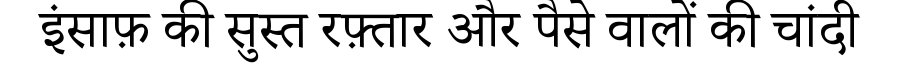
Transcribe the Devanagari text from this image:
इंसाफ़ की सुस्त रफ़्तार और पैसे वालों की चांदी